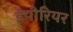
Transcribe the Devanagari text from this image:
इंपीरियर